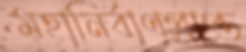
মহানির্বাণপ্রাপ্ত